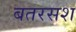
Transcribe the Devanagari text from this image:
बतरसश